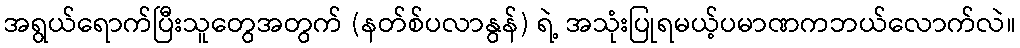
အရွယ်ရောက်ပြီးသူတွေအတွက် (နတ်စ်ပလာနွန်) ရဲ့ အသုံးပြုရမယ့်ပမာဏကဘယ်လောက်လဲ။